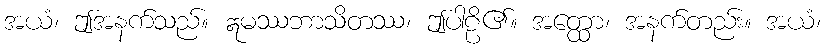
အယံ၊ ဤအနက်သည်။ ဣမဿဘာသိတဿ၊ ဤပါဠိ၏။ အတ္ထော၊ အနက်တည်း။ အယံ၊